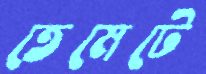
তেমেটে